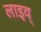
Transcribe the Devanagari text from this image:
लाइव्